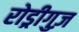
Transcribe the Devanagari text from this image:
रोड्रीगुज़